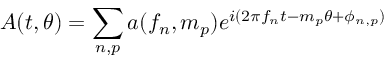
A ( t , \theta ) = \sum _ { n , p } a ( f _ { n } , m _ { p } ) e ^ { i ( 2 \pi f _ { n } t - m _ { p } \theta + \phi _ { n , p } ) }